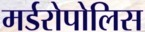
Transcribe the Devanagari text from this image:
मर्डरोपोलिस